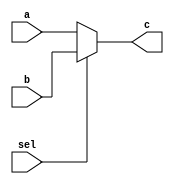
module mux_2 #(parameter width=5)(a,b,c,sel);

	input [width-1:0]a;
	input [width-1:0]b;
	input sel;
	output [width-1:0]c;
	assign c=sel?b:a;
endmodule

module mux_3 #(parameter width=5)(a,b,c,d,sel);

	input [width-1:0]a;
	input [width-1:0]b;
	input [width-1:0]c;
	input [1:0] sel;
	output [width-1:0] d;
	assign d=(sel==2'b00)?a:((sel==2'b01)?b:c);
endmodule

module mux_4 #(parameter width=5)(a,b,c,d,e,sel);

	input [width-1:0]a;
	input [width-1:0]b;
	input [width-1:0]c;
	input [width-1:0]d;
	input [1:0] sel;
	output [width-1:0]e;
	assign e=(sel==2'b00)	?	a:
			 (sel==2'b01)	?	b:
			 (sel==2'b10)	?	c:
								d;
endmodule